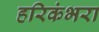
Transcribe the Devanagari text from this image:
हरिकंभरा